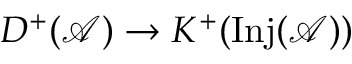
D ^ { + } ( { \mathcal { A } } ) \rightarrow K ^ { + } ( \mathrm { I n j } ( { \mathcal { A } } ) )